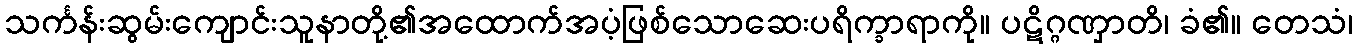
သင်္ကန်းဆွမ်းကျောင်းသူနာတို့၏အထောက်အပံ့ဖြစ်သောဆေးပရိက္ခာရာကို။ ပဋိဂ္ဂဏှာတိ၊ ခံ၏။ တေသံ၊